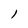
Character: l